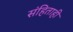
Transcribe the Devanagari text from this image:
संहिताही